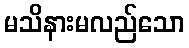
မသိနားမလည်သော